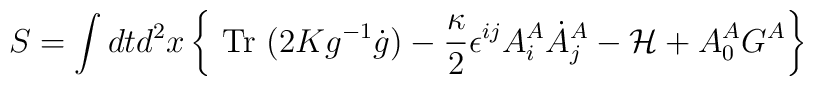
S= \int dt d^2x\left\{\mbox{ Tr }(2Kg^{-1}\dot g)-\frac{\kappa}{2}\epsilon^{ij}A^A_i \dot A^A_j-{\cal H}+A_0^AG^A\right\}